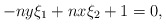
\begin{align*} -ny\xi_1+nx\xi_2+1 = 0,\end{align*}